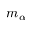
m _ { \alpha }